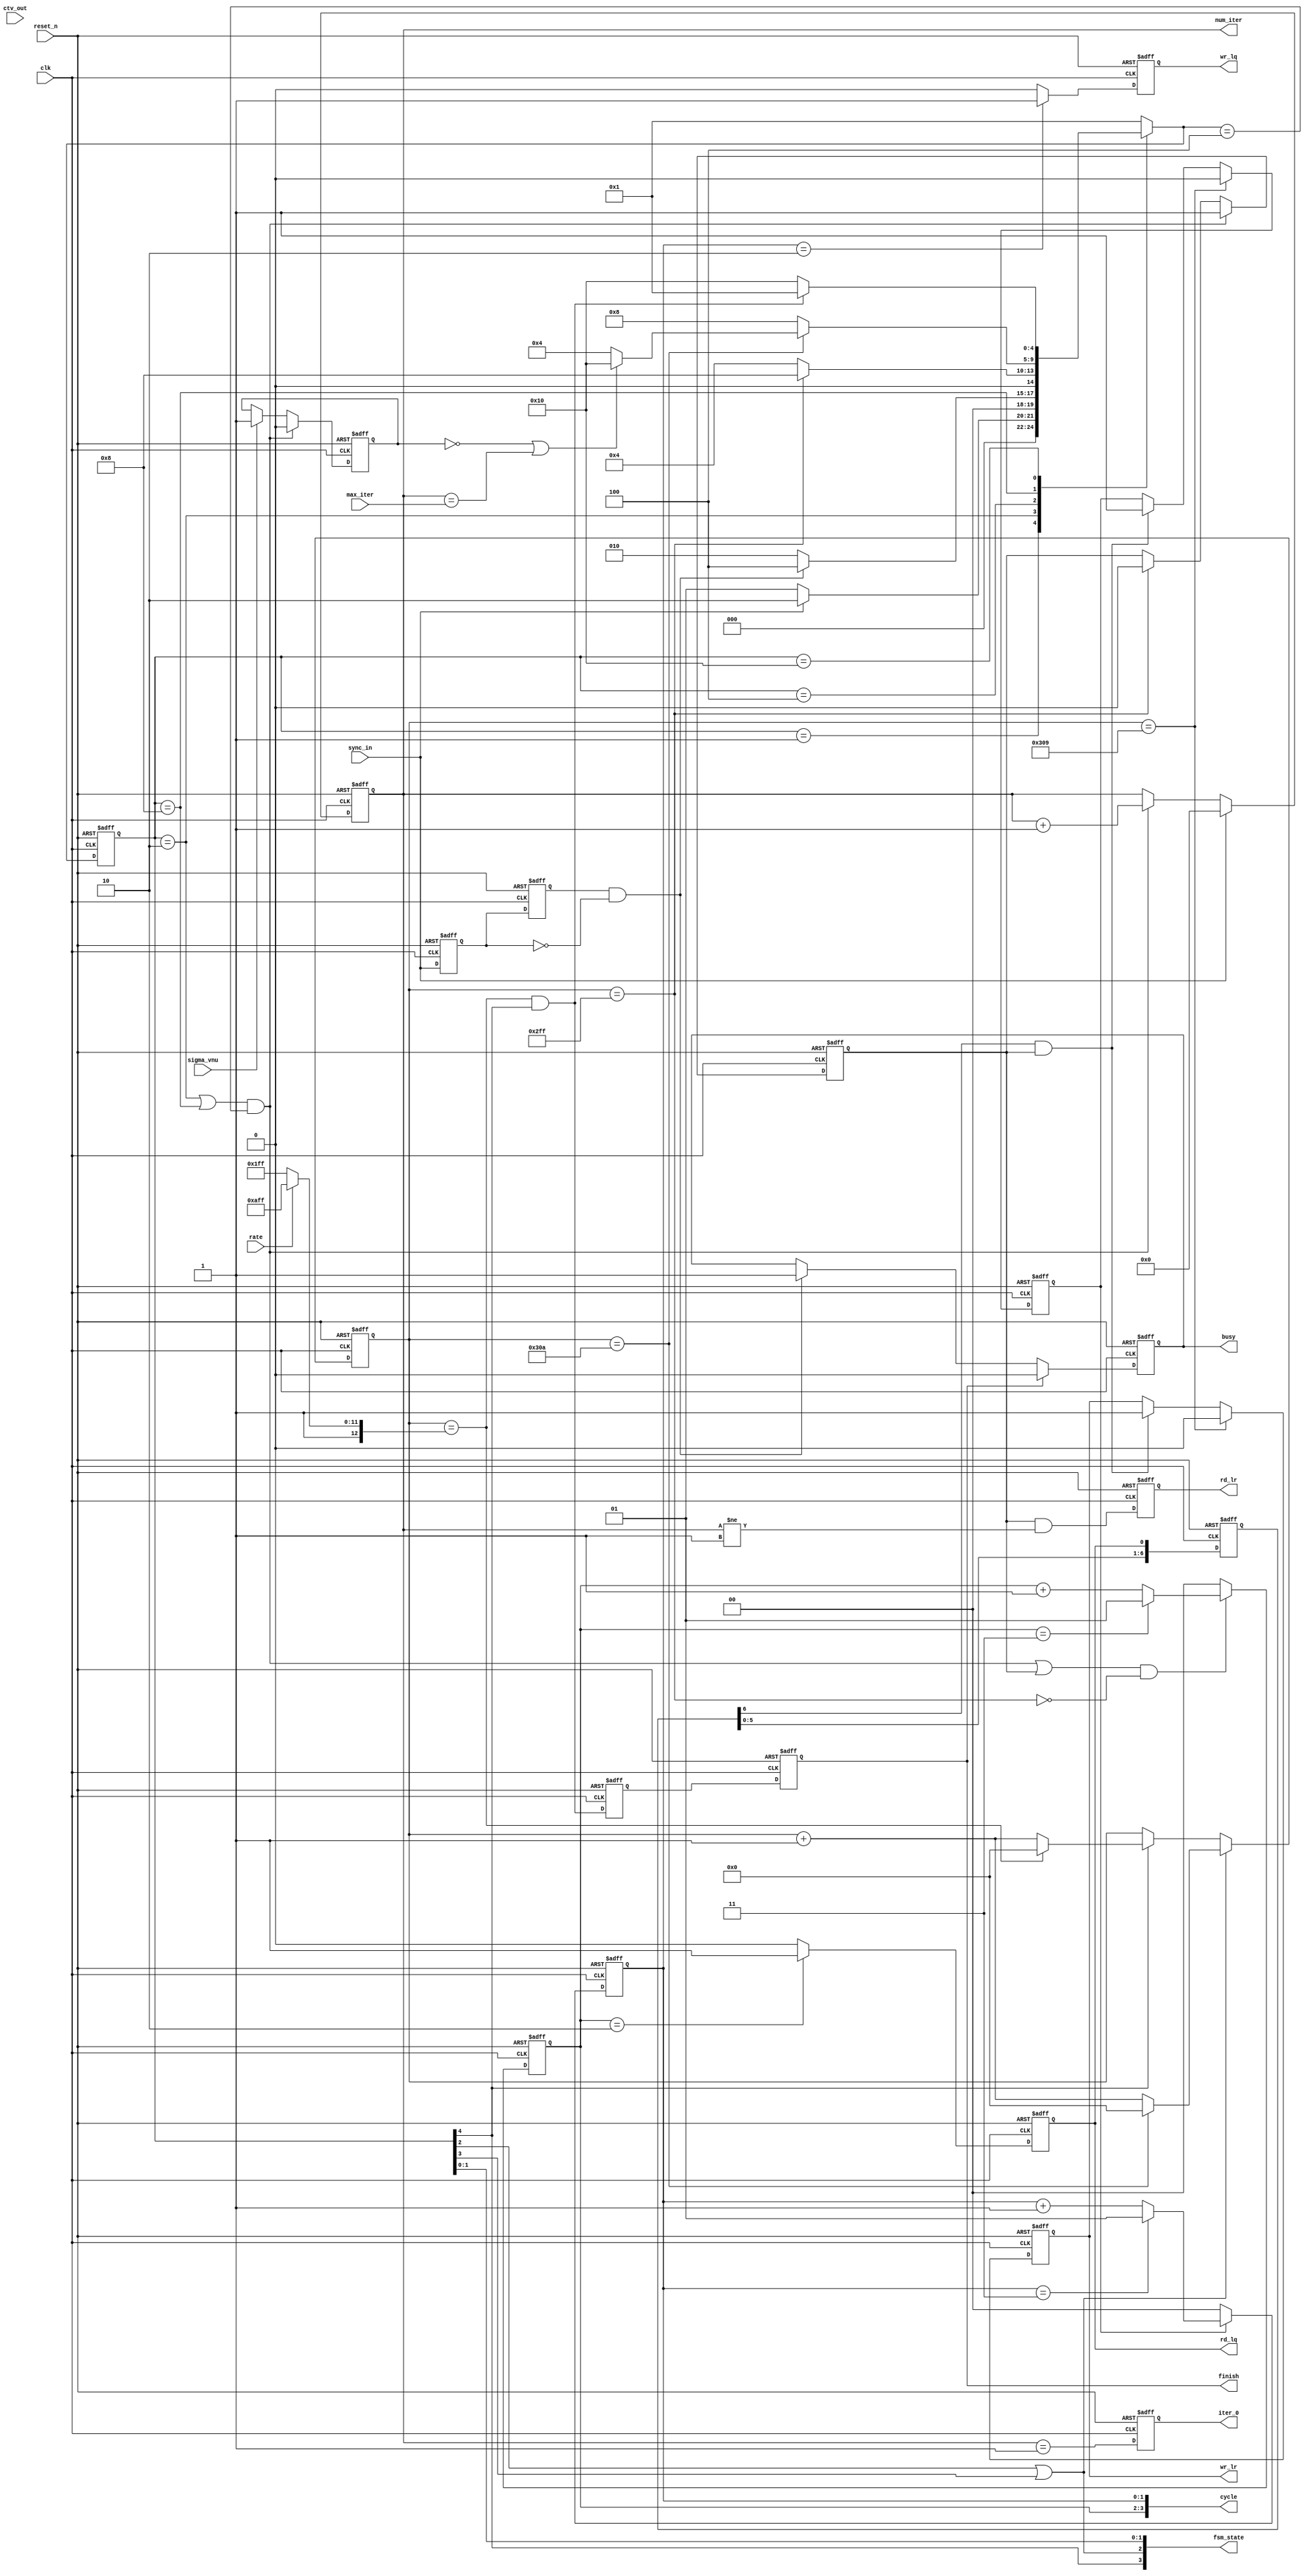
//Module
module ldpc_ctrl(
    clk,
    reset_n,
    sync_in,
    rate,
    max_iter,
    ctv_out,
    sigma_vnu,

    fsm_state,
    cycle,
    finish,
    busy,
    iter_0,
    wr_lq,
    wr_lr,
    rd_lq,
    rd_lr,
    num_iter    
);

//Input ports
input                clk        ;
input                reset_n    ;
input                rate       ; // 0, 1/2 1, 3/4
input                sync_in    ;
input   [4:0]        max_iter   ;
input                ctv_out    ;
input                sigma_vnu  ;

//Output ports
output  [3:0]        fsm_state  ;
output  [3:0]        cycle      ;
output               finish     ;
output               busy       ;
output  [4:0]        num_iter   ;
output               iter_0     ;
output               wr_lq      ;
output               wr_lr      ;
output               rd_lq      ;
output               rd_lr      ;

//Paramter
parameter IDLE     = 5'b00001,
          DATA_I   = 5'b00010,
          CNU_U    = 5'b00100,
	  VNU_U    = 5'b01000,
          DATA_O   = 5'b10000;
//	  WAIT     = 5'b00001;

//Intenal Reg and Wires Definition
//reg     [3:0]        fsm_state  ;
reg                  finish     ;
reg                  busy       ;
reg     [4:0]        num_iter   ;
//reg     [3:0]        cycle      ;

reg                  sync_dly   ;
reg                  sync_dly2  ;
reg                  sync_out_d ;
//reg     [3:0]        next_state ;
reg    [12:0]        counter    ;
//reg                  wr_ena     ;
reg                  wr_lq      ;
//reg                  wr_lr      ;
reg                  rd_lq      ;
reg                  rd_lr      ;
//reg     [7:0]        rd_lq_cnt  ;
//reg     [7:0]        wr_lq_cnt  ;
reg     [6:0]        step       ;
reg                  iter_0     ;
reg                  rd_lq_ena  ;
reg                  wr_lq_ena  ;
reg                  wr_lr_ena  ;
reg                  error_det  ;
reg     [1:0]        rd_cycle   ;
reg     [1:0]        wr_cycle   ;
//////////////////////////////////
reg     [4:0]        fsm        ;
reg     [4:0]        next_fsm   ;

wire     [3:0]       cycle      ;
wire                 sync_end   ;
wire                 iter_end   ;
//wire                 vnu_end    ;
wire                 sync_out_end;
wire   [12:0]        counter_max;
//wire                 rd_ena     ;
wire                 fsm_cnu    ;
wire                 rd_lq_end  ;
wire                 wr_lq_end  ;
wire                 wr_lq_pre  ;

assign cycle = {rd_cycle, wr_cycle};
assign wr_lr = wr_lr_ena;
assign fsm_state = {fsm[4],fsm[3]|fsm[2],fsm[1],fsm[0]};
//assign rd_lr = rd_lq_ena & ( num_iter != 'd1);
assign counter_max = rate ? 'd6911 : 'd4607;
assign sync_end = sync_dly2 & (!sync_dly);
assign iter_end = (num_iter == max_iter); 
//assign vnu_end  = (rd_lq_cnt == 8'hff) & fsm[2];
assign sync_out_end = (counter == counter_max) & fsm[4];
//assign rd_ena = next_state == CNU;
//assign iter_0 = ( num_iter == 0);

// sync in delay register
always @ (posedge clk or negedge reset_n)
begin : sync_d1 
    if(!reset_n)
        sync_dly <= #1 1'b0;
    else
        sync_dly <= #1 sync_in;
end

always @ (posedge clk or negedge reset_n)
begin : sync_d2 
    if(!reset_n)
        sync_dly2 <= #1 1'b0;
    else
        sync_dly2 <= #1 sync_dly;
end

// ldpc_busy status
always @ (posedge clk or negedge reset_n)
begin : busy_r
    if(!reset_n)
        busy <= #1 1'b0;
    else if(finish)
        busy <= #1 1'b0;
    else if(sync_end)
        busy <= #1 1'b1;    
end     

always @ (posedge clk or negedge reset_n)
begin : finish_r
    if(!reset_n)
        finish <= #1 1'b0;
    else
	finish <= #1 sync_out_d;
end

always @ (posedge clk or negedge reset_n)
begin : sync_out_d1
    if(!reset_n)
        sync_out_d <= #1 1'b0;
    else
	sync_out_d <= sync_out_end;
end
// FSM
/*
always @ (posedge clk or negedge reset_n)
begin : fsm_state_r
    if(!reset_n)
        fsm_state <= #1 IDLE;
    else 
        fsm_state <= #1 next_state;
end

always @ (*)
begin : fsm_next_state_r
    case(fsm_state)
    IDLE: if(sync_in)
        next_state = DATA_IN;
    DATA_IN: if(sync_end)
        next_state = CNU;
    CNU: if(vnu_end)
             begin
                 if(iter_end)
                     next_state = DATA_OUT;
                 else 
                     next_state = CNU;
          end
     DATA_OUT: if(sync_out_end)
         next_state = IDLE;
     default:
         next_state = IDLE;
     endcase
end

//(*)
// Cycle 01->10->11
always @ (posedge clk or negedge reset_n)
begin : cycle0_r
    if(!reset_n)
        cycle[3:2] <= #1 2'b0;
    else if((next_state == CNU) & rd_ena ) begin
        if(cycle[3:2] == 2'b11)
        cycle[3:2] <= #1 2'b01;
        else
        cycle[3:2] <= #1 cycle[3:2] + 1'b1;
    end
    else
        cycle[3:2] <= #1 2'b0;
end
        
always @ (posedge clk or negedge reset_n)
begin : cycle1_r
    if(!reset_n)
        cycle[1:0] <= #1 2'b0;
    else if((next_state == CNU) & wr_ena) begin
        if(cycle[1:0] == 2'b11)
        cycle[1:0] <= #1 2'b01;
        else
        cycle[1:0] <= #1 cycle[1:0] + 1'b1;
    end
    else
        cycle[1:0] <= #1 2'b0;
end
*/
// Number of iteration
always @ (posedge clk or negedge reset_n)
begin: num_iter_r
    if(!reset_n)
        num_iter <= #1 5'h0;
    else if(sync_in)
        num_iter <= #1 5'h0;
    else if(fsm_cnu)
        num_iter <=#1 num_iter + 1'b1;
end

// This section is not implment in the end
//
always @ (posedge clk or negedge reset_n)
begin: counter_r
    if(!reset_n)
        counter <= #1 13'h0;
    else if(fsm[2] | fsm[3]) begin 
        if(wr_lq_end)   
            counter <= #1 13'h0;
        else
            counter <= #1 counter + 1'b1;
    end
    else if(fsm[4]) begin
        if(counter == counter_max)
            counter <= #1 13'h0;
        else
            counter <= #1 counter + 1'b1;  
    end  
end     
/*
always @ (posedge clk or negedge reset_n)
begin : wr_ena_r
    if(!reset_n)
        wr_ena <= #1 1'b0;
    else if(step[6])
        wr_ena <= #1 1'b1;
    else if(iter_end)
        wr_ena <= #1 1'b0;
end        
*/
always @ (posedge clk or negedge reset_n)
begin : wr_lq_r
    if(!reset_n)
        wr_lq <= #1 1'b0;
    else if(cycle[1:0] == 2'b10)
        wr_lq <= #1 1'b1;
    else
        wr_lq <= #1 1'b0;
end        

always @ (posedge clk or negedge reset_n)
begin : rd_lq_r
    if(!reset_n)
        rd_lq <= #1 1'b0;
    else if(cycle[3:2] == 2'b10)
        rd_lq <= #1 1'b1;
    else
        rd_lq <= #1 1'b0;
end
/*
always @ (posedge clk or negedge reset_n)
begin : wr_lr_r
    if(!reset_n)
        wr_lr<= #1 1'b0;
    else if(step[6])
        wr_lr <= #1 1'b1;
end  
*/
always @ (posedge clk or negedge reset_n)
begin : rd_lr_r
    if(!reset_n)
        rd_lr <= #1 1'b0;
    else 
        rd_lr <= #1 rd_lq_ena & (num_iter != 'd1);
end
/*
always @ (posedge clk or negedge reset_n)
begin : rd_lq_cnt_r
    if(!reset_n)
        rd_lq_cnt <= #1 8'h0;
    else if(step[3])
        rd_lq_cnt <= #1 rd_lq_cnt + 1'b1;
end

always @ (posedge clk or negedge reset_n)
begin : wr_lq_cnt_r
    if(!reset_n)
        wr_lq_cnt <= #1 8'h0;
    else if(step[10])
        wr_lq_cnt <= #1 wr_lq_cnt + 1'b1;
end
*/
always @ (posedge clk or negedge reset_n)
begin : step_r
    if(!reset_n)
        step <= #1 7'h0;
    else
        step <= #1 { step[5:0],rd_lq };
end        

always @ (posedge clk or negedge reset_n)
begin : iter_0r
    if(!reset_n)
        iter_0 <= #1 1'b0;
    else 
        iter_0 <= #1 (num_iter == 'd1);
end

assign fsm_cnu = (( fsm == DATA_I ) | fsm == VNU_U) & ( next_fsm == CNU_U );
assign rd_lq_end = (counter == 'd767);
assign wr_lq_end = (counter == 'd778);
assign wr_lq_pre = (counter == 'd777);

always @ (posedge clk or negedge reset_n)
begin : rd_lq_ena_r
    if(!reset_n)
        rd_lq_ena <= #1 1'b0;
    else if(fsm_cnu)
	rd_lq_ena <= #1 1'b1;
    else if(rd_lq_end)
	rd_lq_ena <= #1 1'b0;
end

always @ (posedge clk or negedge reset_n)
begin : wr_lq_ena_r
    if(!reset_n)
        wr_lq_ena <= #1 1'b0;
    else if(wr_lq_pre)
	wr_lq_ena <= #1 1'b0;
    else if(step[6] & rd_lq_ena)
	wr_lq_ena <= #1 1'b1;
end

always @ (posedge clk or negedge reset_n)
begin : wr_lr_ena_r
    if(!reset_n)
        wr_lr_ena <= #1 1'b0;
    else if(counter == 'd777)
	wr_lr_ena <= #1 1'b0;
    else if(step[6] & rd_lq_ena)
	wr_lr_ena <= #1 1'b1;
end

always @ (posedge clk or negedge reset_n)
begin : error_det_r
    if(!reset_n)
        error_det <= #1 1'b0;
    else if(fsm_cnu)
	error_det <= #1 1'b0;
    else if(sigma_vnu)
	error_det <= #1 1'b1;
end

always @ (posedge clk or negedge reset_n)
begin : fsm_r 
    if(!reset_n)
        fsm <= #1 IDLE;
    else
	fsm <= #1 next_fsm;
end

always @ (*)
begin
    case(fsm)
    IDLE: if(sync_in)
            next_fsm = DATA_I;
          else
            next_fsm = IDLE;
    DATA_I: if(sync_end)
	    next_fsm = CNU_U;
	    else
	    next_fsm = DATA_I;
    CNU_U: if(rd_lq_end)
	    next_fsm = VNU_U;
	    else
	    next_fsm = CNU_U;
    VNU_U: if(wr_lq_end) begin
	if(!error_det | iter_end)    
	    next_fsm = DATA_O;
        else 
            next_fsm = CNU_U;
        end
	else
	    next_fsm = VNU_U;
    DATA_O: if(sync_out_end)
	    next_fsm = IDLE;
	    else
	    next_fsm = DATA_O;
//    WAIT: 
//	next_fsm = IDLE;
    default:
	next_fsm = IDLE;
    endcase
end	

always @ (posedge clk or negedge reset_n)
begin : rd_cycle_r
    if(!reset_n)
        rd_cycle <= #1 2'b0;
    else if((fsm_cnu | rd_lq_ena) & (!rd_lq_end) ) begin
        if(rd_cycle == 2'b11)
        rd_cycle <= #1 2'b01;
        else
        rd_cycle <= #1 rd_cycle + 1'b1;
    end
    else
        rd_cycle <= #1 2'b0;
end

always @ (posedge clk or negedge reset_n)
begin : wr_cycle_r
    if(!reset_n)
        wr_cycle <= #1 2'h0;
    else if(wr_lq_ena) begin
	if(wr_cycle == 2'b11)
        wr_cycle <= #1 2'b01;
        else
        wr_cycle <= #1 wr_cycle + 1'b1;
    end
    else
	wr_cycle <= #1 2'b0;
end

endmodule